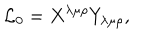
{ \cal L } _ { 0 } = X ^ { \lambda \mu \rho } Y _ { \lambda \mu \rho } ,